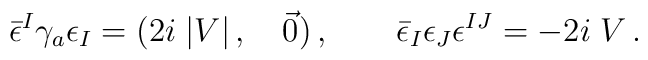
\bar \epsilon^{I} \gamma_a \epsilon_{I} = (2i\;|V| \, ,\quad \vec 0) \, ,\qquad \bar \epsilon_{I} \epsilon_{J} \epsilon^{IJ} = -2i\; V \, .